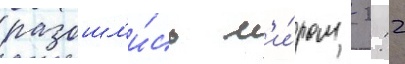
разошл'и́сь м'и́ром  2:2